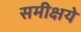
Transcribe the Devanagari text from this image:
समीक्षये